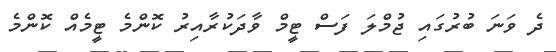
ދެ ވަނަ ބުރުގައި ޖުމްލަ ފަސް ޓީމް ވާދަކުރާއިރު ކޮންމެ ޓީމެއް ކޮންމެ